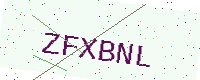
Text: ZFXBNL